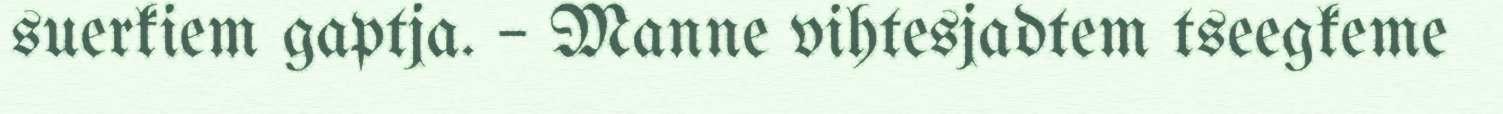
suerkiem gaptja. – Manne vihtesjadtem tseegkeme